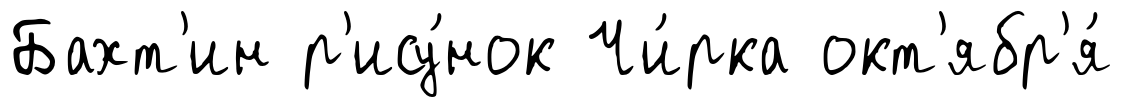
Бахт'ин р'ису́нок Чи́рка окт'ябр'я́